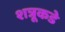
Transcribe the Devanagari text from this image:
शत्रूकडे